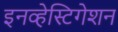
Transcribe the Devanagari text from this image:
इनव्हेस्टिगेशन